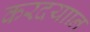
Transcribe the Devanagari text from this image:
करदयाान